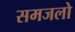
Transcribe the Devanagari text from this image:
समजलो